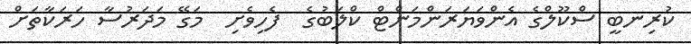
ކުރިނބީ ސްކޫލްގެ އެންވަޔަރަންމަންޓް ކްލަބުގެ  ފެހިވެށި  މަގޭ މަދަރުސާ ހަރަކާތަށް